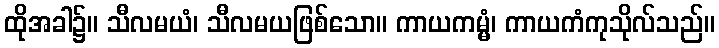
ထိုအခါ၌။ သီလမယံ၊ သီလမယဖြစ်သော။ ကာယကမ္မံ၊ ကာယကံကုသိုလ်သည်။